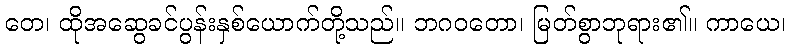
တေ၊ ထိုအဆွေခင်ပွန်းနှစ်ယောက်တို့သည်။ ဘဂဝတော၊ မြတ်စွာဘုရား၏။ ကာယေ၊